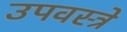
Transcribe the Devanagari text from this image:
उपवस्त्रे